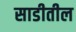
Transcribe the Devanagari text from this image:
साडीतील